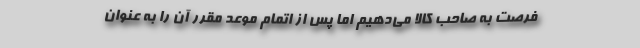
فرصت به صاحب کالا می‌دهیم اما پس از اتمام موعد مقرر آن را به عنوان